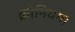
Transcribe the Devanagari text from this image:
क्रोमियम।